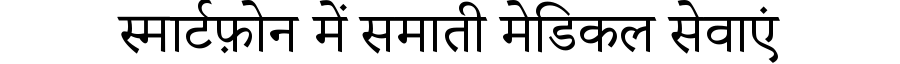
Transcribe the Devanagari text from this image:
स्मार्टफ़ोन में समाती मेडिकल सेवाएं